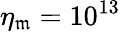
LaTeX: \eta_{\mathfrak{m}}=10^{13}